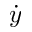
\dot { y }